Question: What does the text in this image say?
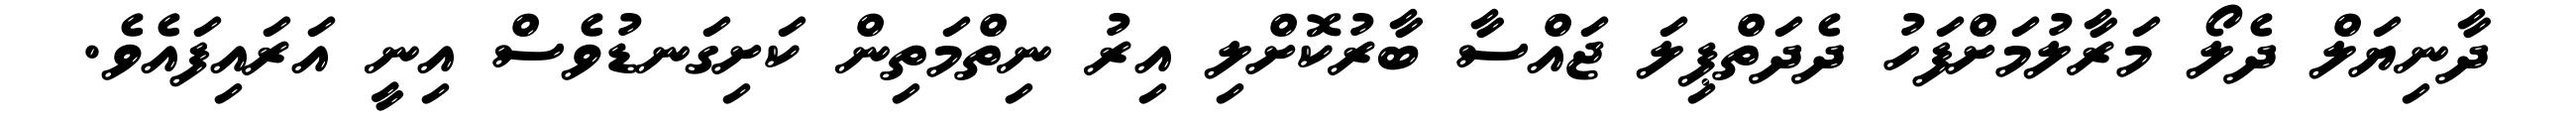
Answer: ދާނިޔަލް ދެލޯ މަރާލުމަށްފަހު ދެދަތްޕިލަ ޖައްސާ ބާރުކޮށްލި އިރު ނިތްމަތިން ކަށިގަނޑުވެސް އިނީ އަރައިފައެވެ.